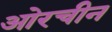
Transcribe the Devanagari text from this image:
ओरचीन